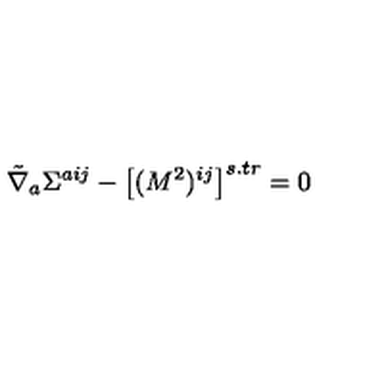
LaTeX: \tilde { \nabla } _ { a } \Sigma ^ { a i j } - \left[ ( M ^ { 2 } ) ^ { i j } \right] ^ { s . t r } = 0